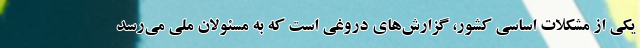
یکی از مشکلات اساسی کشور، گزارش‌های دروغی است که به مسئولان ملی می‌رسد